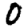
Digit: 0